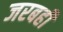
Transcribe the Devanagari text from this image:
जरबही